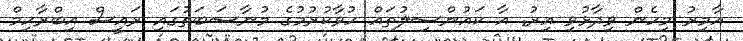
އާމިރު މިހެން ވިދާޅުވި އިރު